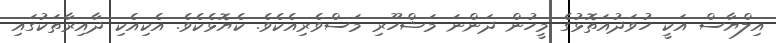
އިލްޔާސް އަކީ ހުވަދުއަތޮޅުގެ މީހުން ދަންނަ މަޝްހޫރި މަސްވެރިއެކެވެ. ކެޔޮޅެކެެވެ. އެކިއެކި ދާއިރާތަކުގައި